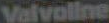
Valvoline